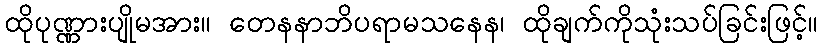
ထိုပုဏ္ဏားပျိုမအား။ တေနနာဘိပရာမသနေန၊ ထိုချက်ကိုသုံးသပ်ခြင်းဖြင့်။